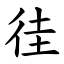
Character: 徍